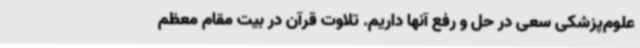
علوم‌پزشکی سعی در حل و رفع آنها داریم. تلاوت قرآن در بیت مقام معظم